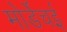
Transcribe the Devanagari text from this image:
मोर्डेचई